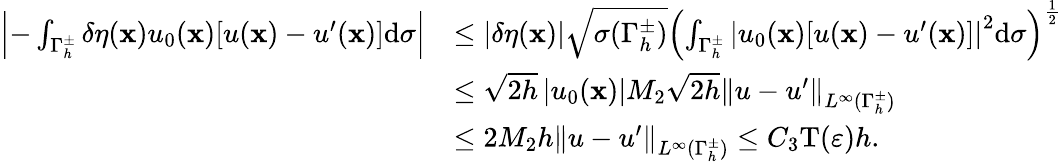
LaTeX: \begin{array}{rl}{\left\vert-\int_{{\Gamma_{h}^{\pm}}}\delta\eta(\mathbf x){{u_{0}}(\mathbf x)[u(\mathbf x)-u^{\prime}(\mathbf x)]}\mathrm d\sigma\right\vert}&{\leq\left|\delta\eta(\mathbf x)\right|\sqrt{\sigma({\Gamma_{h}^{\pm}})}{\left(\int_{{\Gamma_{h}^{\pm}}}{{{\left|{{u_{0}}(\mathbf x)[u(\mathbf x)-u^{\prime}(\mathbf x)]}\right|}^{2}}}\mathrm d\sigma\right)^{{\frac{1}{2}}}}}\\ &{\leq\sqrt{2h}\left|{{u_{0}}(\mathbf x)}\right|M_{2}\sqrt{2h}{\left\| {u-u^{\prime}}\right\| _{{L^{\infty}}({\Gamma_{h}^{\pm}})}}}\\ &{\leq 2M_{2}h{\left\| {u-u^{\prime}}\right\| _{{L^{\infty}}({\Gamma_{h}^{\pm}})}}\leq{C_{3}}\mathrm T(\varepsilon)h.}\end{array}